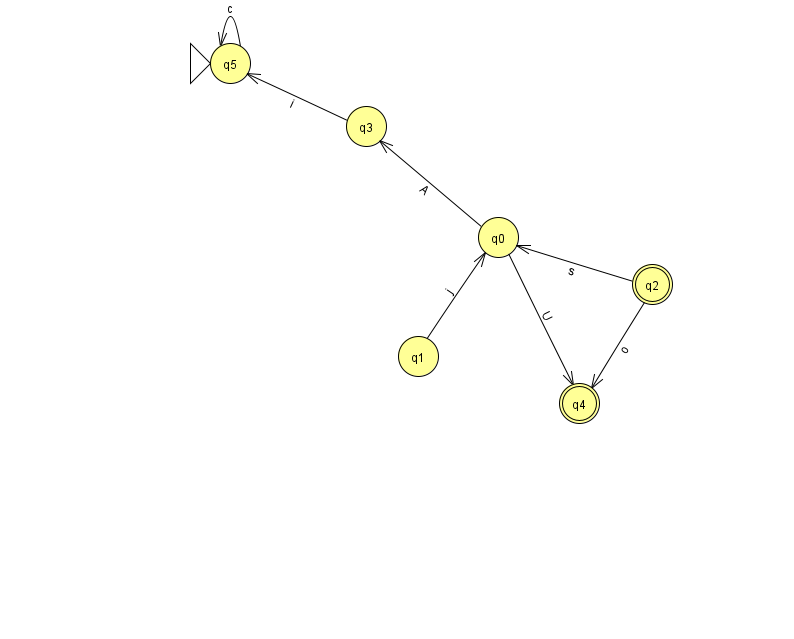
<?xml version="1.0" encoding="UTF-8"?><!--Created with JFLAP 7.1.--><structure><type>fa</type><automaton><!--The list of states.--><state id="0" name="q0"><x>498.0</x><y>224.0</y></state><state id="1" name="q1"><x>418.0</x><y>343.0</y></state><state id="2" name="q2"><x>652.0</x><y>271.0</y><final/></state><state id="3" name="q3"><x>366.0</x><y>113.0</y></state><state id="4" name="q4"><x>579.0</x><y>390.0</y><final/></state><state id="5" name="q5"><x>230.0</x><y>50.0</y><initial/></state><!--The list of transitions.--><transition><from>3</from><to>5</to><read>i</read></transition><transition><from>5</from><to>5</to><read>c</read></transition><transition><from>0</from><to>4</to><read>U</read></transition><transition><from>2</from><to>4</to><read>o</read></transition><transition><from>1</from><to>0</to><read>j</read></transition><transition><from>2</from><to>0</to><read>s</read></transition><transition><from>0</from><to>3</to><read>A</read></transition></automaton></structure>